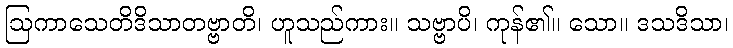
ဩကာသေတိဒိသာတဗ္ဗာတိ၊ ဟူသည်ကား။ သဗ္ဗာပိ၊ ကုန်၏။ သော။ ဒသဒိသာ၊